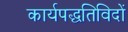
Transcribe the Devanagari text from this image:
कार्यपद्धतिविदों